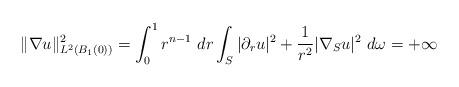
LaTeX: \begin{align*} \|\nabla u\|^2_{L^2(B_1(0))} = \int_0^1 r^{n-1}\ dr\int_S |\partial_r u|^2 + \frac{1}{r^2}|\nabla_S u|^2 \ d\omega = +\infty \end{align*}